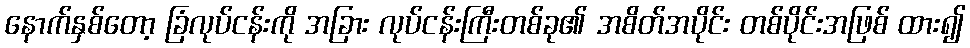
နောက်နှစ်တော့ ခြံလုပ်ငန်းကို အခြား လုပ်ငန်းကြီးတစ်ခု၏ အစိတ်အပိုင်း တစ်ပိုင်းအဖြစ် ထား၍